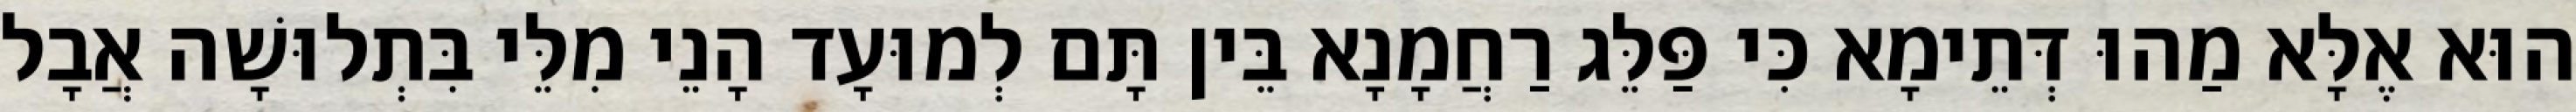
הוּא אֶלָּא מַהוּ דְּתֵימָא כִּי פַּלֵּג רַחֲמָנָא בֵּין תָּם לְמוּעָד הָנֵי מִלֵּי בִּתְלוּשָׁה אֲבָל